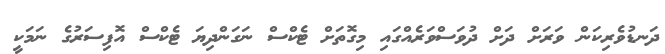
ދަަނޑުވެރިކަން ވަރަށް ދަށް ދުވަސްވަރެއްގައި މިގޮތަށް ޓެކްސް ނަގަންދިޔަ ޓެކްސް އޮފިސަރުގެ ނަމަކީ